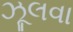
ઝૂલવા